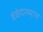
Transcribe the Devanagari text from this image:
वेळेदरम्यान